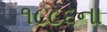
૧૮૮૬ના